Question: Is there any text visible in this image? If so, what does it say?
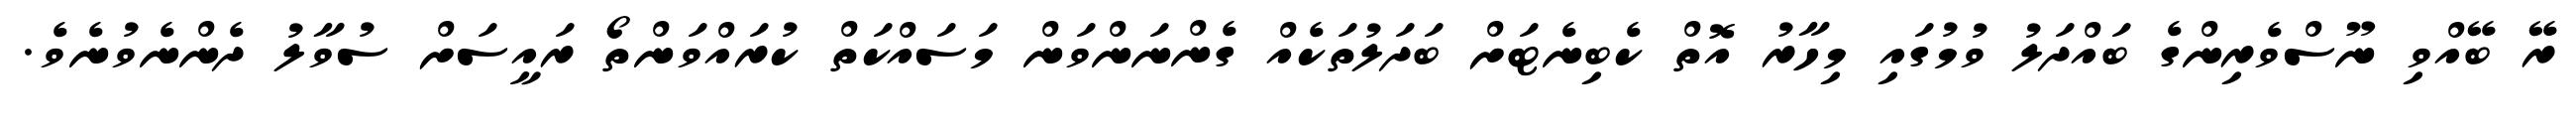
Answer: ރޭ ބޭއްވި ނޫސްވެރިންގެ ބައްދަލު ވުމުގައި މިހާރު އޮތް ކެބިނެޓަށް ބަދަލުތަކެއް ގެންނަންވަން މަސައްކަތް ކުރައްވަންތޯ ރައީސަށް ސުވާލު ދެންނެވުނެވެ.